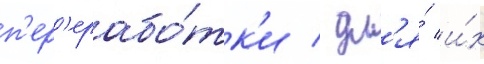
п'ер'ерабо́тк'и / дл'я́ и́х